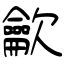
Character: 龡